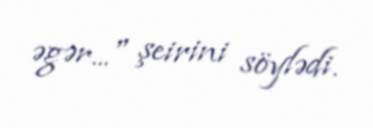
əgər..." şeirini söylədi.